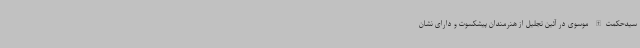
سیدحکمت‌الله موسوی در آئین تجلیل از هنرمندان پیشکسوت و دارای نشان